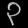
Digit: ၃